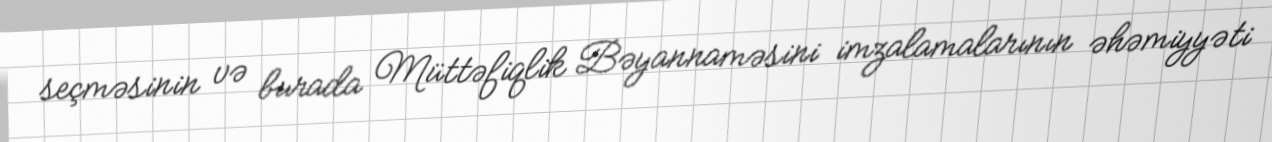
seçməsinin və burada Müttəfiqlik Bəyannaməsini imzalamalarının əhəmiyyəti